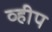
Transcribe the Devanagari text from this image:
व्हीप